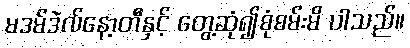
မဒမ်ဒဲလ်နော့တီနှင့် တွေ့ဆုံ၍စုံစမ်းမိ ပါသည်။